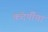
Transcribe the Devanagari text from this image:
कंदर्पीचा